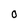
Character: 0